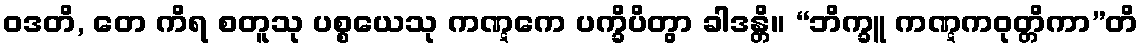
ဝဒတိ, တေ ကိရ စတူသု ပစ္စယေသု ကဏ္ဋကေ ပက္ခိပိတွာ ခါဒန္တိ။ “ဘိက္ခူ ကဏ္ဋကဝုတ္တိကာ”တိ